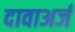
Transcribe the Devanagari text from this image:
दावाअर्ज